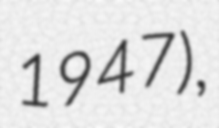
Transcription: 1947),